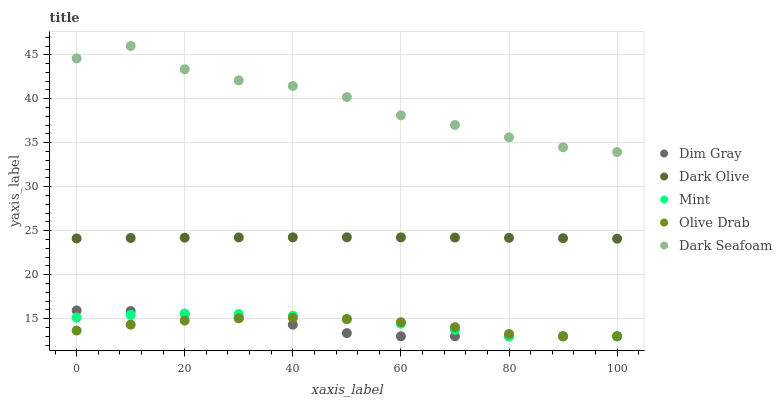
| xaxis_label | Dim Gray | Dark Olive | Mint | Olive Drab | Dark Seafoam |
 | --- | --- | --- | --- | --- | --- |
 | 0 | 15.9 | 24.1 | 15.1 | 13.6 | 44.6 |
 | 10 | 15.9 | 24.2 | 15.4 | 14.3 | 46 |
 | 20 | 15.6 | 24.2 | 15.6 | 14.8 | 43.4 |
 | 30 | 15.1 | 24.2 | 15.5 | 15 | 42.1 |
 | 40 | 14.3 | 24.2 | 15.3 | 15.1 | 41.5 |
 | 50 | 13.4 | 24.3 | 15 | 15 | 40.2 |
 | 60 | 13 | 24.2 | 14.4 | 14.6 | 38.1 |
 | 70 | 13 | 24.2 | 13.7 | 14 | 37 |
 | 80 | 13 | 24.2 | 13 | 13.3 | 35.6 |
 | 90 | 13 | 24.1 | 13 | 13 | 34.5 |
 | 100 | 13 | 24.1 | 13 | 13 | 33.9 |